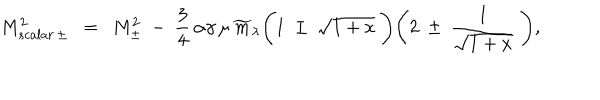
M _ { s c a l a r \, \pm } ^ { 2 } ~ ~ = ~ ~ M _ { \pm } ^ { 2 } ~ - ~ { \frac { 3 } { 4 } } \, \alpha \gamma \, \mu \, \widetilde { m } _ { \lambda } \Bigg ( 1 ~ \pm ~ \sqrt { 1 + x } ~ \Bigg ) \Bigg ( 2 ~ \pm ~ { \frac { 1 } { \sqrt { 1 + x } } } ~ \Bigg ) ,